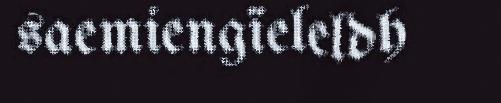
saemiengïeleldh